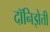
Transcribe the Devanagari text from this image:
दॉनिझेत्ती